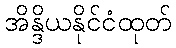
အိန္ဒိယနိုင်ငံထုတ်